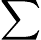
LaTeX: \displaystyle\sum